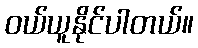
ဝယ်ယူနိုင်ပါတယ်။